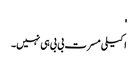
'
اکیلی مسرت بی بی ہی نہیں۔